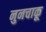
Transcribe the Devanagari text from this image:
नुनचाकू